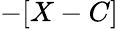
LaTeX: -[X-C]